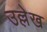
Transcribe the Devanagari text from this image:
उल्ले़ख